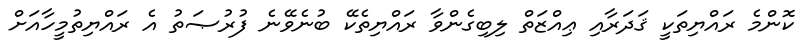
ކޮންމެ ރައްޔިތަކީ ޤަދަރާއި ޢިއްޒަތް ލިބިގެންވާ ރައްޔިތެކޭ ބުނެވޭނެ ފުރުޞަތު އެ ރައްޔިތުމީހާއަށް